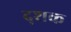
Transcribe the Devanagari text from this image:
द्शक